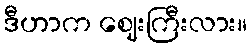
ဒီဟာက ဈေးကြီးလား။